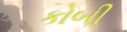
કોબીૢ